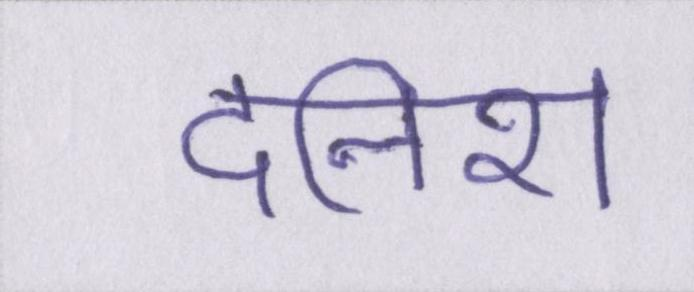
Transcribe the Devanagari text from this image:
दनिश